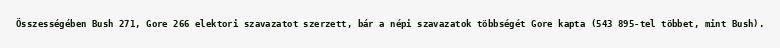
Összességében Bush 271, Gore 266 elektori szavazatot szerzett, bár a népi szavazatok többségét Gore kapta (543 895-tel többet, mint Bush).